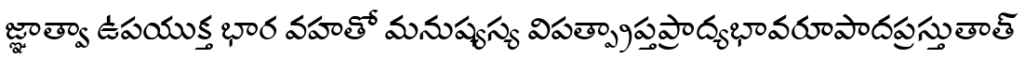
జ్ఞాత్వా ఉపయుక్త భార వహతో మనుష్యస్య విపత్ప్రాప్తప్రాద్యభావరూపాదప్రస్తుతాత్